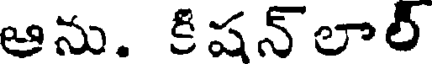
ఆను. కిషన్లాల్